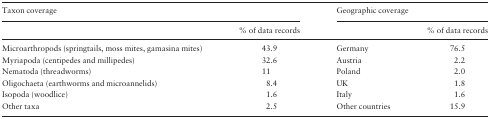
| <COLSPAN=2> Taxon coverage | <COLSPAN=2> Geographic coverage |
 |  | % of data records |  | % of data records |
 | --- | --- | --- | --- |
 | Microarthropods (springtails, moss mites, gamasina mites) | 43.9 | Germany | 76.5 |
 | Myriapoda (centipedes and millipedes) | 32.6 | Austria | 2.2 |
 | Nematoda (threadworms) | 11 | Poland | 2.0 |
 | Oligochaeta (earthworms and microannelids) | 8.4 | UK | 1.8 |
 | Isopoda (woodlice) | 1.6 | Italy | 1.6 |
 | Other taxa | 2.5 | Other countries | 15.9 |